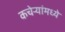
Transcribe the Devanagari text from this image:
कचेऱ्यांमध्ये